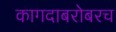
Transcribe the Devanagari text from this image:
कागदाबरोबरच